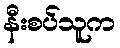
နီးစပ်သူက